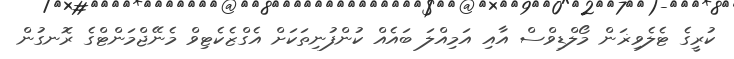
ކުރީގެ ޓެލެވިޜަން މޯލްޑިވްސް އާއި އަމިއްލަ ބައެއް ކުންފުނިތަކަށް އެގްޒެކެޓިވް މެނޭޖްމަންޓްގެ ރޮނގުން